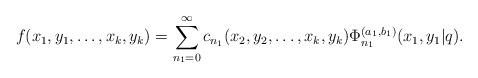
LaTeX: \begin{align*}f(x_1, y_1, \ldots, x_k, y_k)=\sum_{n_1=0}^\infty c_{n_1}(x_2, y_2, \ldots, x_k, y_k)\Phi_{n_1}^{(a_1, b_1)}( x_1, y_1|q).\end{align*}